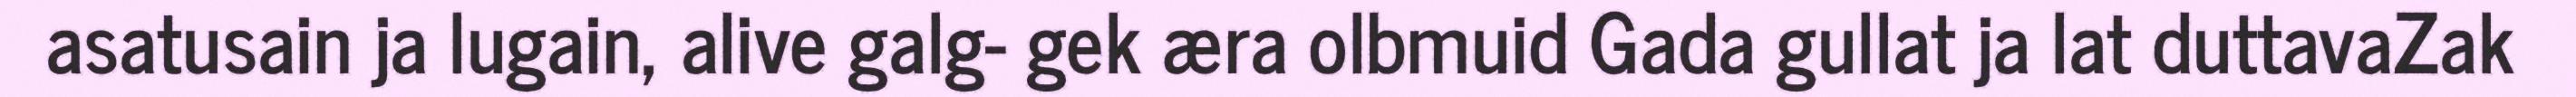
asatusain ja lugain, alive galg- gek æra olbmuid Gada gullat ja lat duttavaZak